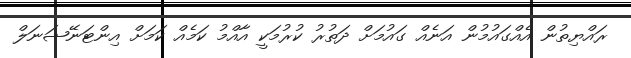
ރައްޔިތުން އެއްގައުމުން އަނެއް ގައުމަށް ދަތުރު ކުރުމަކީ އާއްމު ކަމެއް ކަމަށް އިންޓަނޭޝަނަލް